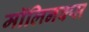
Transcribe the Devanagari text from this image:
मॉलिनक्स